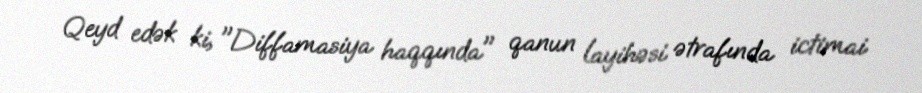
Qeyd edək ki, "Diffamasiya haqqında" qanun layihəsi ətrafında ictimai